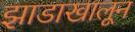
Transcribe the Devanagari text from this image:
झाडाखालून